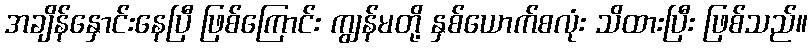
အချိန်နှောင်းနေပြီ ဖြစ်ကြောင်း ကျွန်မတို့ နှစ်ယောက်စလုံး သိထားပြီး ဖြစ်သည်။